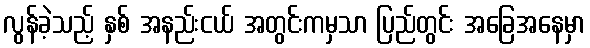
လွန်ခဲ့သည့် နှစ် အနည်းငယ် အတွင်းကမှသာ ပြည်တွင်း အခြေအနေမှာ